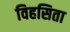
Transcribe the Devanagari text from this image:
विहसिता